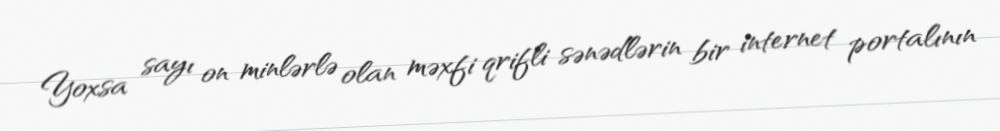
Yoxsa sayı on minlərlə olan məxfi qrifli sənədlərin bir internet portalının